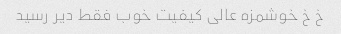
خ خ خوشمزه عالی کیفیت خوب فقط دیر رسید